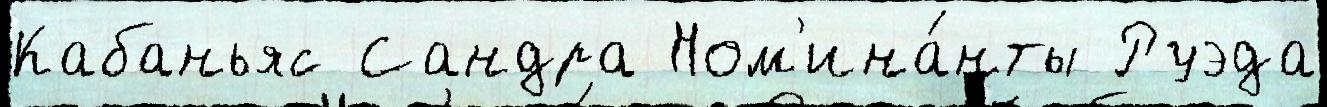
Кабаньяс Сандра Ном'ина́нты Руэда